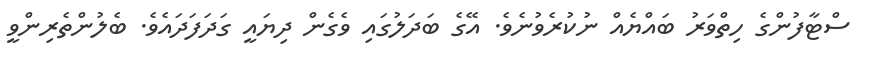
ސްޓާފުންގެ ހިތްވަރު ބައްޔެއް ނުކުރެވުނެވެ. އޭގެ ބަދަލުގައި ވެގެން ދިޔައީ ގަދަފަދައެވެ. ބެލުންތެރިންވީ